Indian journal of veterinary science and animal husbandry - Volume 2,
Year: 1932
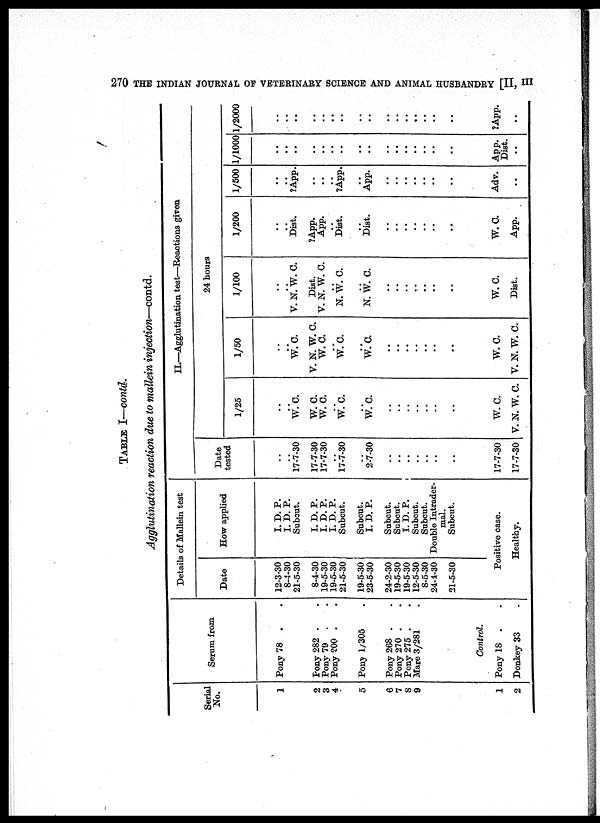
270 THE INDIAN JOURNAL OF VETERINARY SCIENCE AND ANIMAL HUSBANDRY [II, III
TABLE I—contd.
Agglutination reaction due to mallein injection—contd.
Serial
No.
1
2
3
4
5
6
7
8
9
1
2
Serum from
Pony 78 .
Pony 282 .
Pony 79 .
Pony 200 .
Pony 1/305
Pony 268 .
Pony 270 .
Pony 275 .
Mare 3/281
Control.
Pony 18 .
Donkey 33
Details of Mallein test
Date
12-3-30
8-4-30
21-5-30
8-4-30
19-5-30
19-5-30
21-5-30
19-5-30
23-5-30
24-2-30
19-5-30
19-5-30
12-5-30
8-5-30
24-4-30
21-5-30
How applied
I. D. P.
I. D. P.
Subcut.
I. D. P.
I. D. P.
I. D. P.
Subcut.
Subcut.
I. D. P.
Subcut.
Subcut.
I. D. P.
Subcut.
Subcut.
Double Intrader-
mal.
Subcut.
Positive case.
Healthy.
II.—Agglutination test—Reactions given
Date
tested
..
..
17-7-30
17-7-30
17-7-30
..
17-7-30
2-7-30
..
..
..
..
..
..
..
17-7-30
17-7-30
1/25
..
..
W.C.
W.C.
W.C.
. .
W.C.
W.C.
..
. .
. .
. .
..
..
..
W.C.
V. N. W. C.
1/50
..
..
W.C.
V. N. W. C.
W.C.
..
W.C.
..
W.C.
..
..
..
..
..
W.C.
V. N. W. C.
24 hours
1/100
..
..
V. N. W. C.
Dist.
V. N. W. C.
..
N. W. C.
..
N. W. C.
..
..
..
..
..
..
..
W.C.
Dist.
1/200
..
..
Dist.
?App.
App.
..
Dist.
..
Dist.
..
..
..
..
..
..
..
W.C.
App.
1/500
..
..
?App.
..
..
..
?App.
..
App.
..
..
..
..
..
..
..
Adv.
..
1/1000
..
..
..
..
..
..
..
..
..
..
..
..
..
..
..
..
App.
Dist.
..
1/2000
..
..
..
..
..
..
..
..
..
..
..
..
..
..
..
..
?App.
..